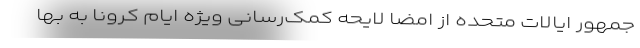
جمهور ایالات متحده از امضا لایحه کمک‌رسانی ویژه ایام کرونا به بها